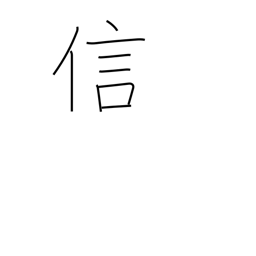
Meaning: fidelity